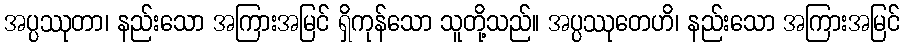
အပ္ပဿုတာ၊ နည်းသော အကြားအမြင် ရှိကုန်သော သူတို့သည်။ အပ္ပဿုတေဟိ၊ နည်းသော အကြားအမြင်